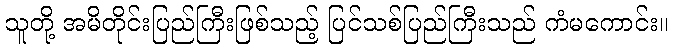
သူတို့ အမိတိုင်းပြည်ကြီးဖြစ်သည့် ပြင်သစ်ပြည်ကြီးသည် ကံမကောင်း။